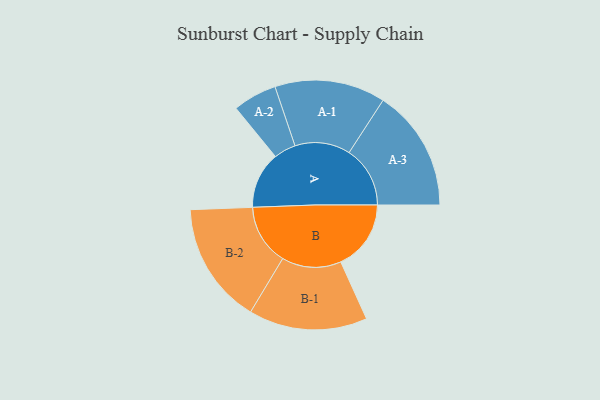
{"axis": {"x": "Segment", "y": "Value"}, "legend": ["", "A", "B"], "data": [{"x": "A", "y": 270, "type": ""}, {"x": "B", "y": 335, "type": ""}, {"x": "A-1", "y": 264, "type": "A"}, {"x": "A-2", "y": 105, "type": "A"}, {"x": "A-3", "y": 291, "type": "A"}, {"x": "B-1", "y": 283, "type": "B"}, {"x": "B-2", "y": 290, "type": "B"}]}